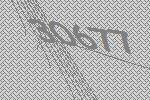
30677